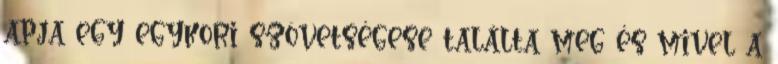
apja egy egykori szövetségese találta meg és mivel a